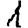
Digit: 1